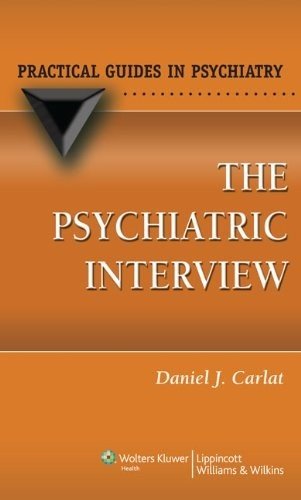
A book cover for The Psychiatric Interview (Practical Guides in Psychiatry); Daniel Carlat MD; Medical Books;